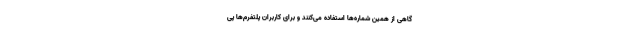
گاهی از همین شماره‌ها استفاده می‌کنند و برای کاربران پلتفرم‌ها پی